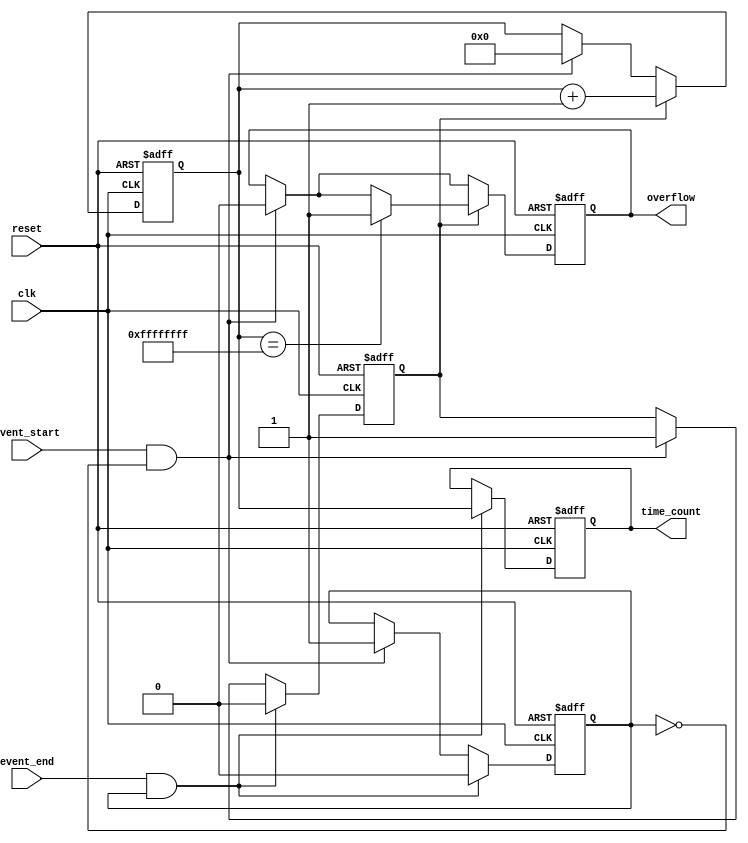
module TDC (
    input wire clk,                // High-frequency clock
    input wire reset,              // Asynchronous reset
    input wire event_start,        // Start event signal
    input wire event_end,          // End event signal
    output reg [31:0] time_count,  // Output time count
    output reg overflow            // Overflow flag
);

    reg [31:0] counter;            // Counter for clock cycles
    reg counting;                  // Counting state
    reg event_start_detected;      // Flag for start event detection

    // Asynchronous reset and counter logic
    always @(posedge clk or posedge reset) begin
        if (reset) begin
            counter <= 32'b0;
            time_count <= 32'b0;
            overflow <= 1'b0;
            counting <= 1'b0;
            event_start_detected <= 1'b0;
        end else begin
            if (event_start && !event_start_detected) begin
                // Start counting on the rising edge of event_start
                counting <= 1'b1;
                event_start_detected <= 1'b1;
                counter <= 32'b0; // Reset counter
                overflow <= 1'b0; // Reset overflow flag
            end
            
            if (counting) begin
                counter <= counter + 1; // Increment counter
                if (counter == 32'hFFFFFFFF) begin
                    overflow <= 1'b1; // Set overflow flag if counter overflows
                end
            end
            
            if (event_end && event_start_detected) begin
                // Stop counting on the rising edge of event_end
                counting <= 1'b0;
                time_count <= counter; // Latch the counter value
                event_start_detected <= 1'b0; // Reset start event detection
            end
        end
    end

endmodule